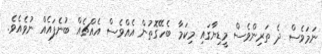
ނަމަވެސް ދެ ތަރިންވެސް މީޑިޔާގައި މިކަމާ ބެހޭގޮތުން އެއްވެސް އެއްޗެއް ބުނެފައެއް ނުވެއެވެ.